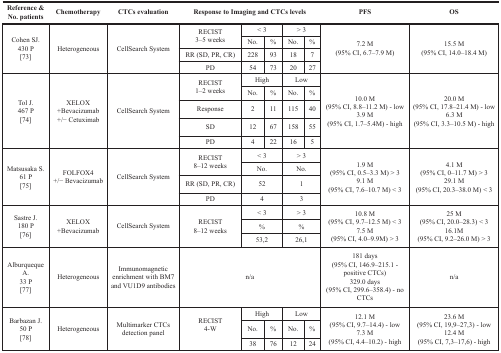
<table><thead><tr><td><b>Reference &amp; No. patients</b></td><td><b>Chemotherapy</b></td><td><b>CTCs evaluation</b></td><td colspan="5"><b>Response to Imaging and CTCs levels</b></td><td><b>PFS</b></td><td><b>OS</b></td></tr></thead><tbody><tr><td rowspan="4">Cohen SJ.430 P[73]</td><td rowspan="4">Heterogeneous</td><td rowspan="4">CellSearch System</td><td rowspan="2">RECIST3–5 weeks</td><td colspan="2">&lt; 3</td><td colspan="2">&gt; 3</td><td rowspan="4">7.2 M(95% CI, 6.7–7.9 M)</td><td rowspan="4">15.5 M(95% CI, 14.0–18.4 M)</td></tr><tr><td>No.</td><td>%</td><td>No.</td><td>%</td></tr><tr><td>RR (SD, PR, CR)</td><td>228</td><td>93</td><td>18</td><td>7</td></tr><tr><td>PD</td><td>54</td><td>73</td><td>20</td><td>27</td></tr><tr><td rowspan="5">Tol J.467 P[74]</td><td rowspan="5">XELOX+Bevacizumab+/− Cetuximab</td><td rowspan="5">CellSearch System</td><td rowspan="2">RECIST1–2 weeks</td><td colspan="2">High</td><td colspan="2">Low</td><td rowspan="5">10.0 M(95% CI, 8.8–11.2 M) - low3.9 M(95% CI, 1.7–5.4M) - high</td><td rowspan="5">20.0 M(95% CI, 17.8–21.4 M) - low6.3 M(95% CI, 3.3–10.5 M) - high</td></tr><tr><td>No.</td><td>%</td><td>No.</td><td>%</td></tr><tr><td>Response</td><td>2</td><td>11</td><td>115</td><td>40</td></tr><tr><td>SD</td><td>12</td><td>67</td><td>158</td><td>55</td></tr><tr><td>PD</td><td>4</td><td>22</td><td>16</td><td>5</td></tr><tr><td rowspan="4">Matsusaka S.61 P[75]</td><td rowspan="4">FOLFOX4+/−Bevacizumab</td><td rowspan="4">CellSearch System</td><td rowspan="2">RECIST8–12 weeks</td><td colspan="2">&lt; 3</td><td colspan="2">&gt; 3</td><td rowspan="4">1.9 M(95% CI, 0.5–3.3 M) &gt; 39.1 M(95% CI, 7.6–10.7 M) &lt; 3</td><td rowspan="4">4.1 M(95% CI, 0–11.7 M) &gt; 329.1 M(95% CI, 20.3–38.0 M) &lt; 3</td></tr><tr><td colspan="2">No.</td><td colspan="2">No.</td></tr><tr><td>RR (SD, PR, CR)</td><td colspan="2">52</td><td colspan="2">1</td></tr><tr><td>PD</td><td colspan="2">4</td><td colspan="2">3</td></tr><tr><td rowspan="3">Sastre J.180 P[76]</td><td rowspan="3">XELOX+Bevacizumab</td><td rowspan="3">CellSearch System</td><td rowspan="3">RECIST8–12 weeks</td><td colspan="2">&lt; 3</td><td colspan="2">&gt; 3</td><td rowspan="3">10.8 M(95% CI, 9.7–12.5 M) &lt; 37.5 M(95% CI, 4.0–9.9M) &gt; 3</td><td rowspan="3">25 M(95% CI, 20.0–28.3) &lt; 316.1M(95% CI, 9.2–26.0 M) &gt; 3</td></tr><tr><td colspan="2">%</td><td colspan="2">%</td></tr><tr><td colspan="2">53,2</td><td colspan="2">26,1</td></tr><tr><td>Alburqueque A.33 P[77]</td><td>Heterogeneous</td><td>Immunomagnetic enrichment with BM7 and VU1D9 antibodies</td><td colspan="5">n/a</td><td>181 days(95% CI, 146.9–215.1 - positive CTCs)329.0 days(95% CI, 299.6–358.4) - no CTCs</td><td>n/a</td></tr><tr><td rowspan="3">Barbazan J.50 P[78]</td><td rowspan="3">Heterogeneous</td><td rowspan="3">Multimarker CTCs detection panel</td><td rowspan="3">RECIST4-W</td><td colspan="2">High</td><td colspan="2">Low</td><td rowspan="3">12.1 M(95% CI, 9.7–14.4) - low7.3 M(95% CI, 4.4–10.2) - high</td><td rowspan="3">23.6 M(95% CI, 19,9–27,3) - low12.4 M(95% CI, 7,3–17,6) - high</td></tr><tr><td>No.</td><td>%</td><td>No.</td><td>%</td></tr><tr><td>38</td><td>76</td><td>12</td><td>24</td></tr></tbody></table>